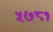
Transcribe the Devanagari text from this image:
५७८१